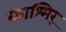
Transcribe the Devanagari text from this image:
काश्मिर्